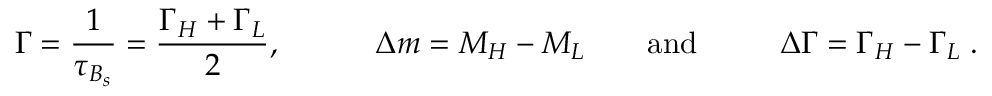
\Gamma = \frac { 1 } { \tau _ { B _ { s } } } = \frac { \Gamma _ { H } + \Gamma _ { L } } { 2 } , ~ ~ ~ ~ ~ ~ ~ ~ ~ \Delta m = M _ { H } - M _ { L } ~ ~ ~ ~ ~ ~ \mathrm { a n d } ~ ~ ~ ~ ~ ~ ~ ~ \Delta \Gamma = \Gamma _ { H } - \Gamma _ { L } \; .